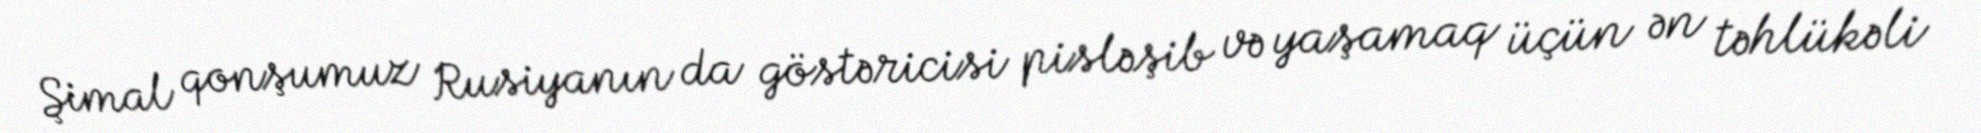
Şimal qonşumuz Rusiyanın da göstəricisi pisləşib və yaşamaq üçün ən təhlükəli